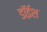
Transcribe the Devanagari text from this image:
डॉईश